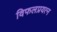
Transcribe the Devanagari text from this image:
विफलप्रयत्न